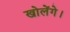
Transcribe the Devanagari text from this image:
खोलेंगे।